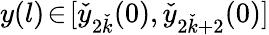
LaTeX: y(l)\! \in\! [\check{y}_{2\check{k}}(0),\check{y}_{2\check{k}+2}(0)]